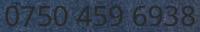
0750 459 6938